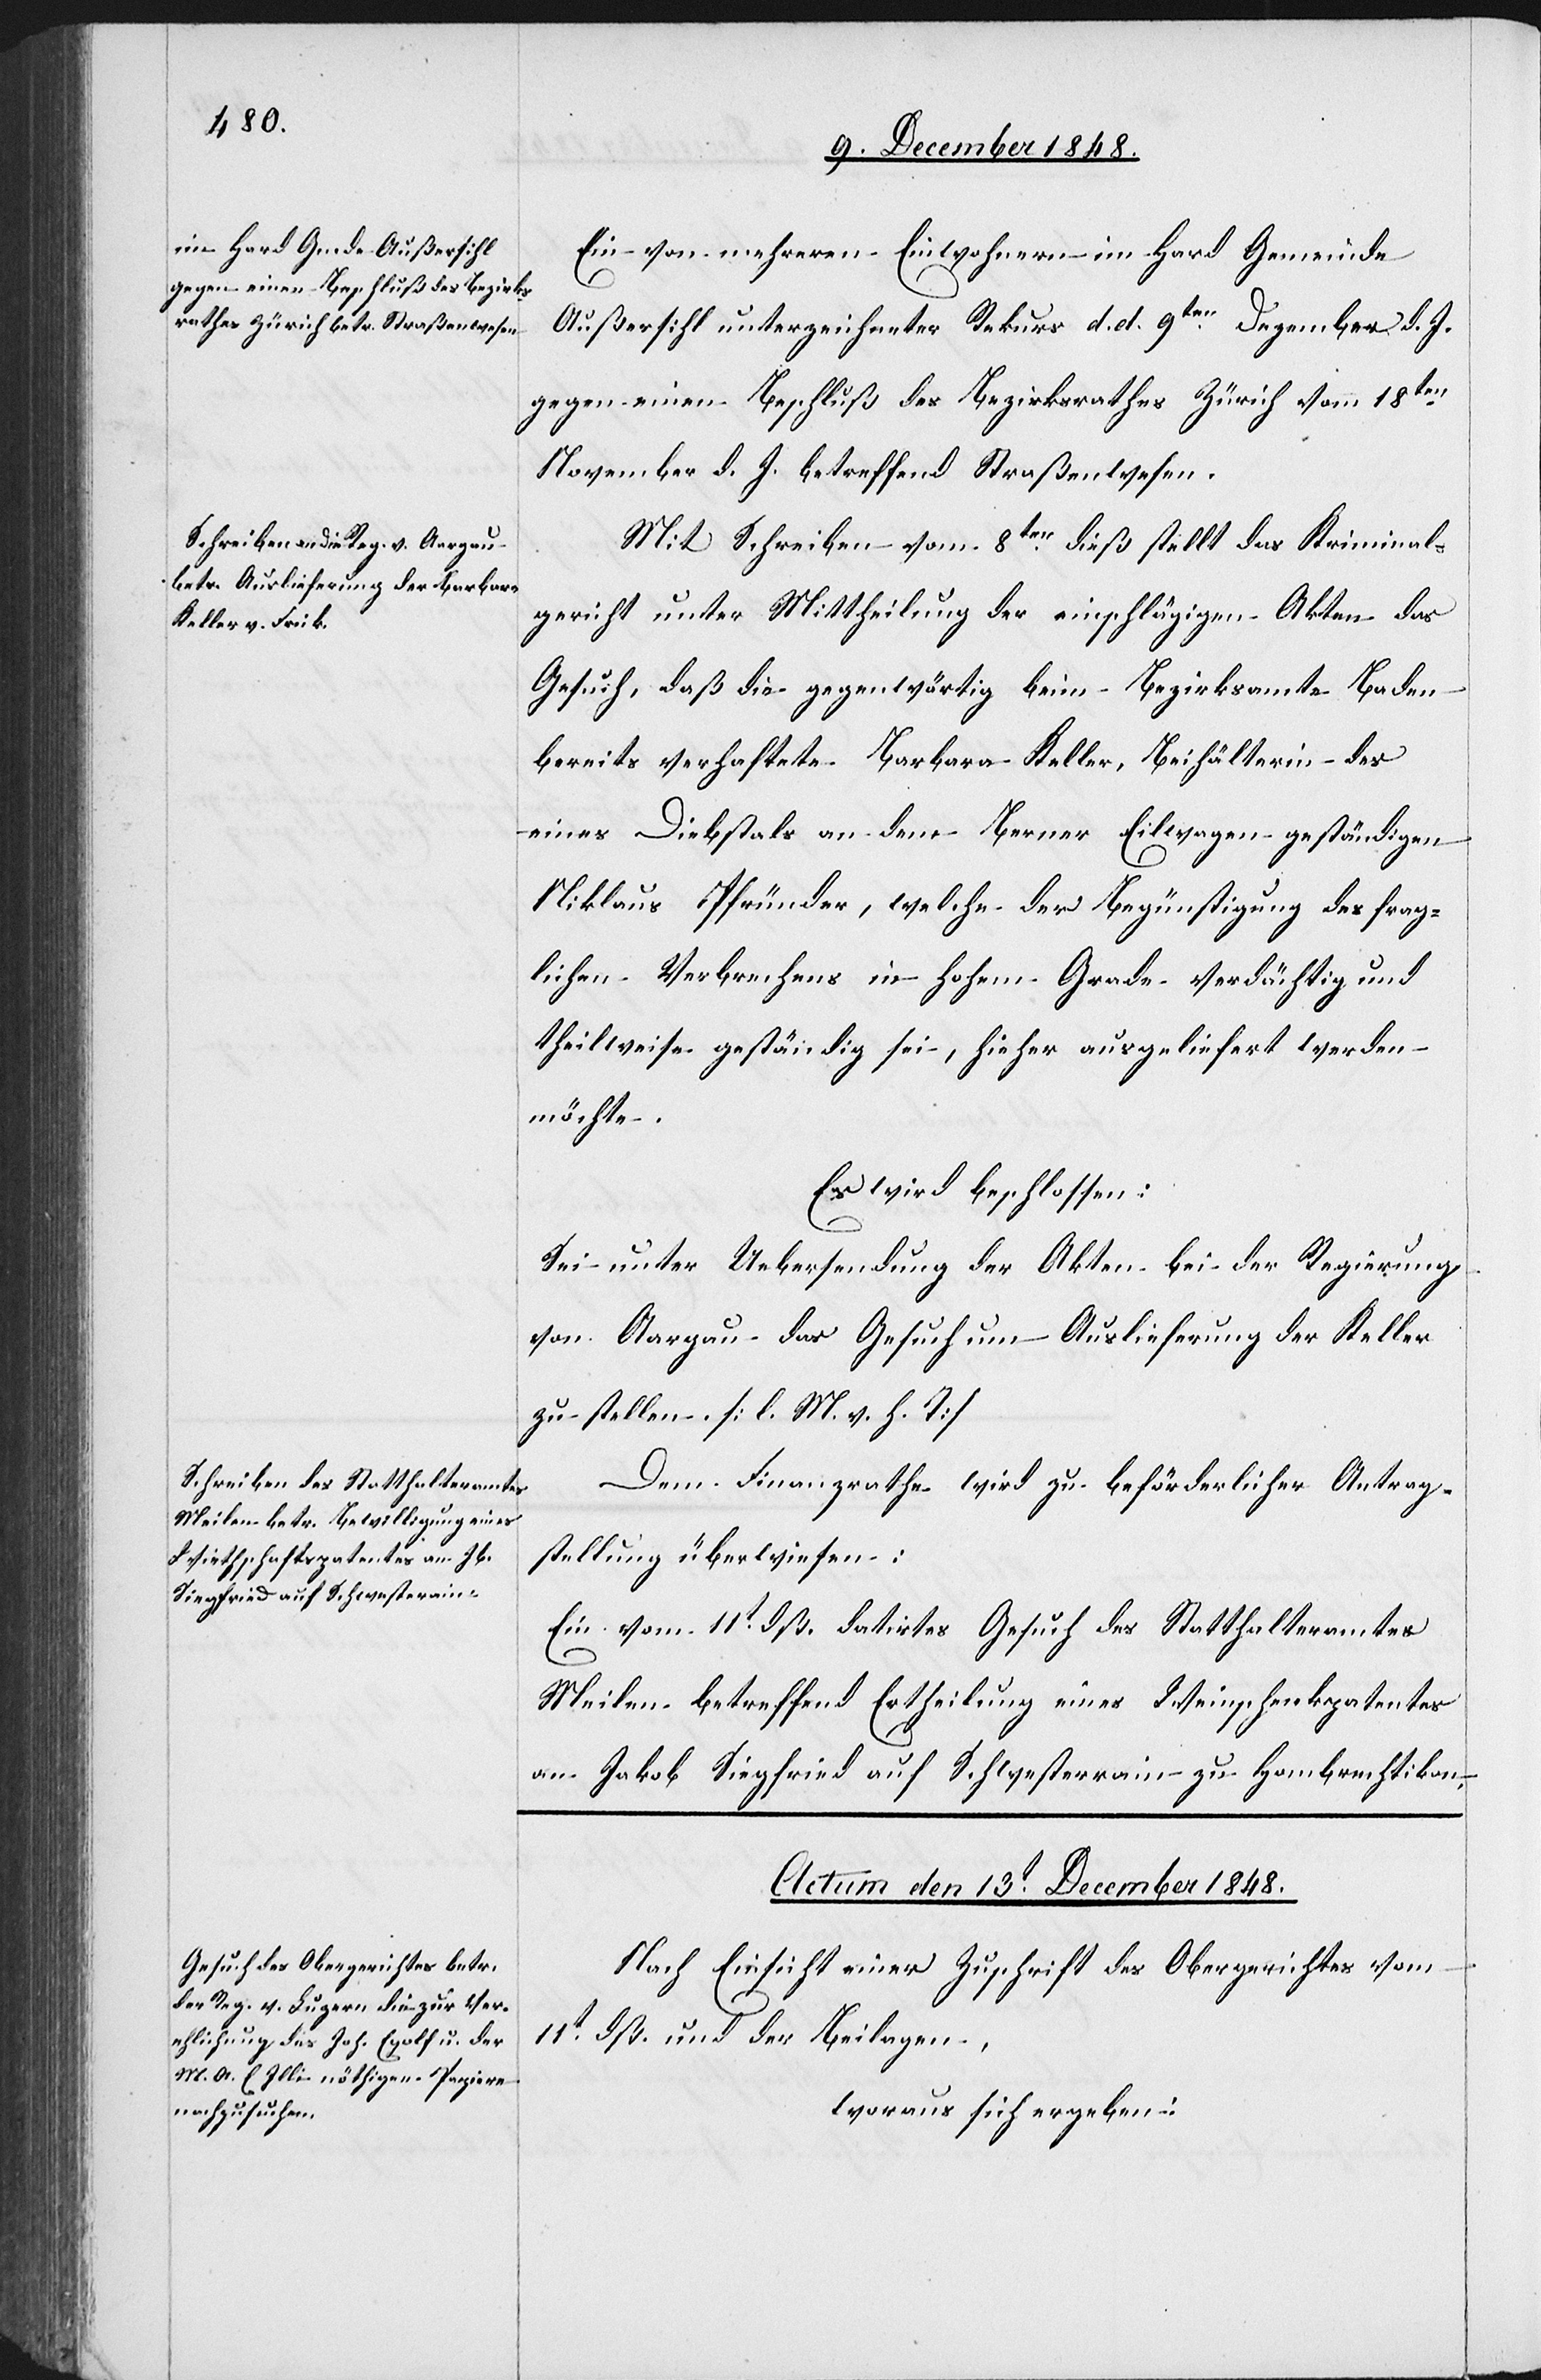
Ein von mehreren Einwohnern im Hard Gemeinde
Außersihl unterzeichneter Rekurs d. d. 9ten Dezember d. J.
gegen einen Beschluß des Bezirksrathes Zürich vom 18ten
November d. J. betreffend Straßenwesen.
Mit Schreiben vom 8ten dieß stellt das Kriminal¬
gericht unter Mittheilung der einschlägigen Akten das
Gesuch, daß die gegenwärtig beim Bezirksamte Baden
bereits verhaftete Barbara Keller, Beihälterin des
eines Diebstals an dem Berner Eilwagen geständigen
Niklaus Pfründer, welche der Begünstigung des frag¬
lichen Verbrechens in hohem Grade verdächtig und
theilweise geständig sei, hieher ausgeliefert werden
möchte.
Es wird beschlossen:
Sei unter Uebersendung der Akten bei der Regierung
von Aargau das Gesuch um Auslieferung der Keller
zu stellen. [l. M. v. h. T]
Dem Finanzrathe wird zu beförderlicher Antrag¬
stellung überwiesen:
Ein vom 11t dß. datirtes Gesuch des Statthalteramtes
Meilen betreffend Ertheilung eines Weinschenkpatentes
an Jakob Siegfried auf Schwesterrain zu Hombrechtikon.
Actum den 13t December 1848.
Nach Einsicht einer Zuschrift des Obergerichtes vom
11t dß. und der Beilagen,
woraus sich ergeben: